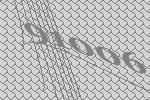
91006